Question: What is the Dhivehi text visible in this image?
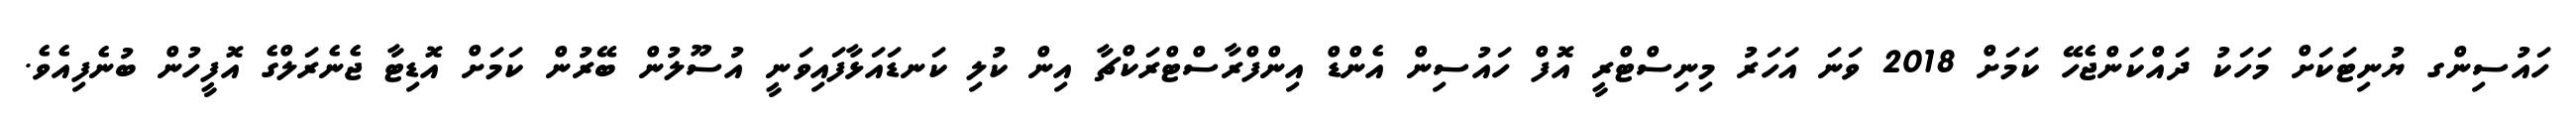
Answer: ހައުސިންގ ޔުނިޓަކަށް މަހަކު ދައްކަންޖެހޭ ކަމަށް 2018 ވަނަ އަހަރު މިނިސްޓްރީ އޮފް ހައުސިން އެންޑް އިންފްރާސްޓްރަކްޗާ އިން ކުލި ކަނޑައަޅާފައިވަނީ އުސޫލުން ބޭރުން ކަމަށް އޮޑިޓާ ޖެނެރަލްގެ އޮފީހުން ބުނެފިއެވެ.